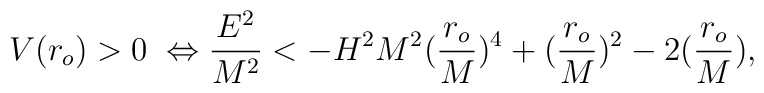
V(r_o)>0\;\Leftrightarrow \frac{E^2}{M^2}<-H^2 M^2(\frac{r_o}{M})^4+(\frac{r_o}{M})^2-2(\frac{r_o}{M}),